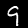
Label: 9